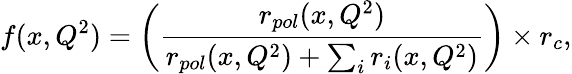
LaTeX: f(x,Q^{2})=\left(\frac{r_{pol}(x,Q^{2})}{r_{pol}(x,Q^{2})+\sum_{i}r_{i}(x,Q^{2})}\right)\times r_{c},